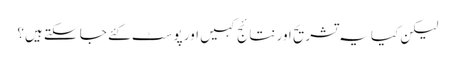
لیکن کیا یہ تشریح اور نتائج کہیں اور پوسٹ کئے جا سکتے ہیں؟